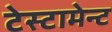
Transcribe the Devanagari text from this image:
टेस्टामेन्ट